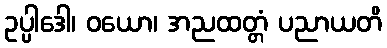
ဥပ္ပါဒေါ၊ ဝယော၊ အညထတ္တံ ပညာယတိ